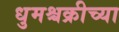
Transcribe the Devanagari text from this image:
धुमश्चक्रीच्या